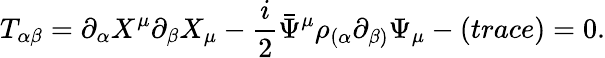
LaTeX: T_{\alpha\beta}=\partial_{\alpha}X^{\mu}\partial_{\beta}X_{\mu}-\frac{i}{2}\bar{\Psi}^{\mu}\rho_{(\alpha}\partial_{\beta)}\Psi_{\mu}-(trace)=0.